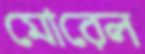
মোরেল